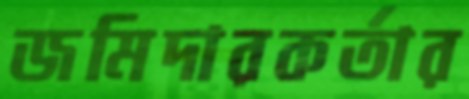
জমিদারকর্তার